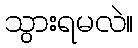
သွားရမလဲ။